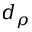
d _ { \rho }